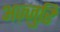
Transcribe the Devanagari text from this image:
अज़्ज़ुरि